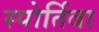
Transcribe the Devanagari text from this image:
स्पोर्तिवा